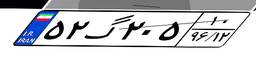
۸۳گ۵۳۰۰۲